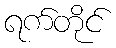
ရက်တိုင်